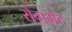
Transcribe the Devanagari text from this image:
रोगभेद